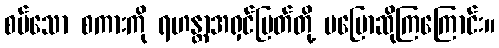
စပ်သော စကားကို ရဟန္တာအရှင်မြတ်တို့ မပြောဆိုကြကြောင်း။